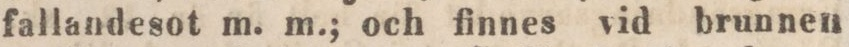
fallandesot m. m.; och finnes vid brunnen